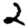
Digit: 2